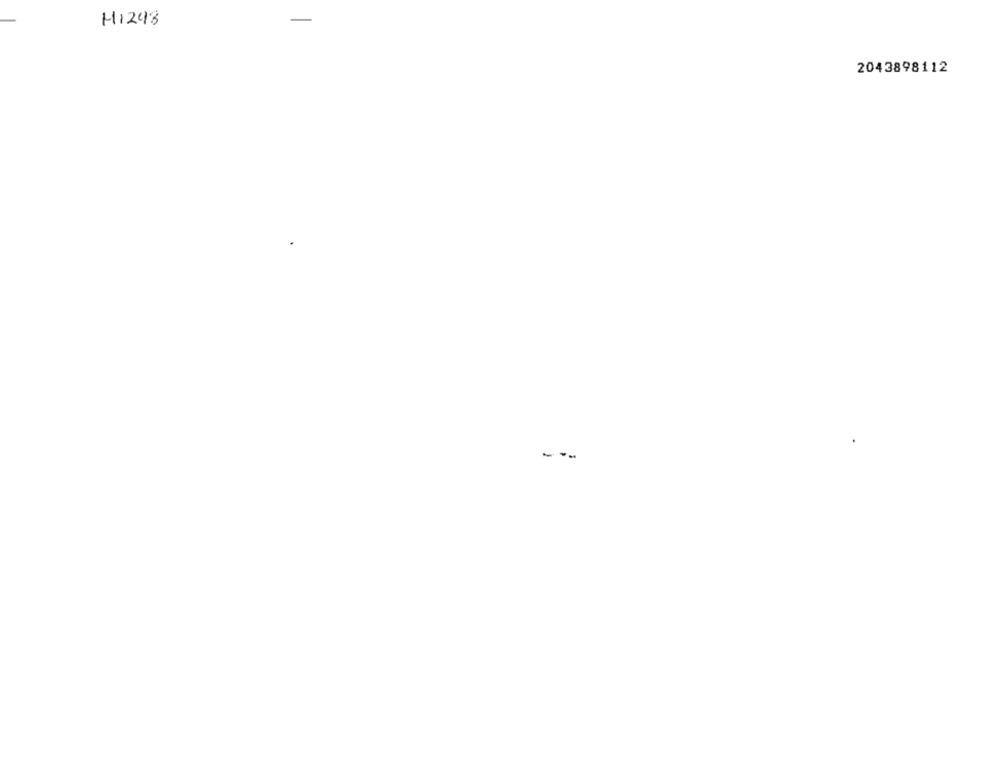
M1248
2043898112
- --